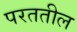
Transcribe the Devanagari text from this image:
परततील